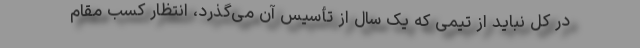
در کل نباید از تیمی که یک سال از تأسیس آن می‌گذرد، انتظار کسب مقام